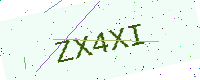
Text: ZX4XI